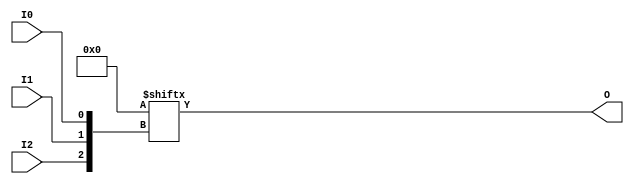
module LUT3 #(parameter INIT=8'h00) (input wire I0,I1,I2,
                                     output wire O);

    assign O=INIT[{I2,I1,I0}];

endmodule